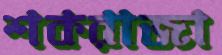
শকরাজা